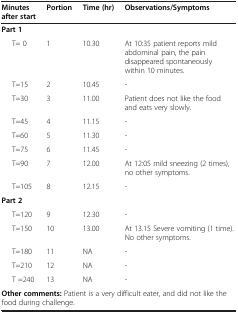
<table><thead><tr><td><b>Minutes after start</b></td><td><b>Portion</b></td><td><b>Time (hr)</b></td><td><b>Observations/Symptoms</b></td></tr></thead><tbody><tr><td colspan="4"><b>Part 1</b></td></tr><tr><td>T= 0</td><td>1</td><td>10.30</td><td>At 10:35 patient reports mild abdominal pain, the pain disappeared spontaneously within 10 minutes.</td></tr><tr><td>T=15</td><td>2</td><td>10.45</td><td>-</td></tr><tr><td>T=30</td><td>3</td><td>11.00</td><td>Patient does not like the food and eats very slowly.</td></tr><tr><td>T=45</td><td>4</td><td>11.15</td><td>-</td></tr><tr><td>T=60</td><td>5</td><td>11.30</td><td>-</td></tr><tr><td>T=75</td><td>6</td><td>11.45</td><td>-</td></tr><tr><td>T=90</td><td>7</td><td>12.00</td><td>At 12:05 mild sneezing (2 times), no other symptoms.</td></tr><tr><td>T=105</td><td>8</td><td>12.15</td><td>-</td></tr><tr><td colspan="4"><b>Part 2</b></td></tr><tr><td>T=120</td><td>9</td><td>12.30</td><td>-</td></tr><tr><td>T=150</td><td>10</td><td>13.00</td><td>At 13.15 Severe vomiting (1 time). No other symptoms.</td></tr><tr><td>T=180</td><td>11</td><td>NA</td><td>-</td></tr><tr><td>T=210</td><td>12</td><td>NA</td><td>-</td></tr><tr><td>T =240</td><td>13</td><td>NA</td><td>-</td></tr><tr><td colspan="4"><b>Other comments:</b> Patient is a very difficult eater, and did not like the food during challenge.</td></tr></tbody></table>